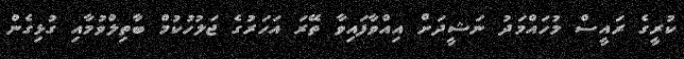
ކުރީގެ ރައީސް މުހައްމަދު ނަޝީދަށް އިއްވާފައިވާ ތޭރަ އަހަރުގެ ޖަލުހުކުމް ބާތިލްވުމާއި ގުޅިގެން